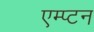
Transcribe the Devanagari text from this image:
एम्प्टन